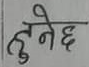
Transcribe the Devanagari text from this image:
हुनेछ